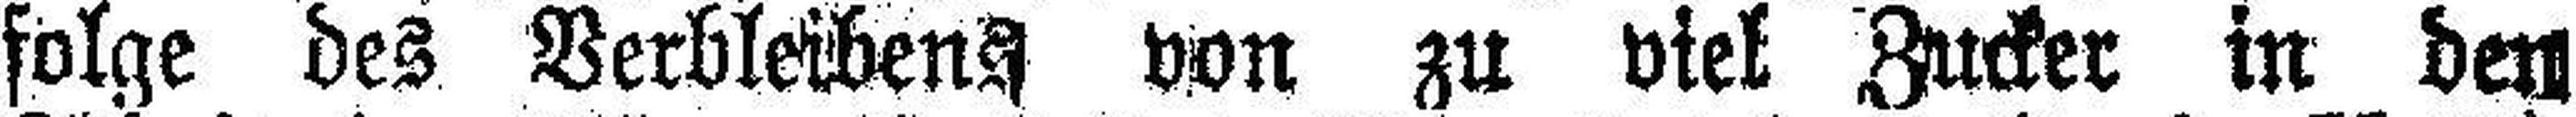
folge des Verbleibens von zu viel Zucker in den